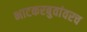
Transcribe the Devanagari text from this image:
भाटकरबुवांवरच